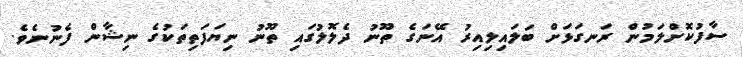
ސާފުކޮށްލަމުން ރަނގަޅަށް ބަލައިލިއިރު އޭނަގެ ތޫނު ދެލޮލުގައި ތޫނު ނިޔަފަތިތަކުގެ ނިޝާން ފެނުނެވެ.